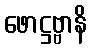
ဖောဋ္ဌဗ္ဗာနိ